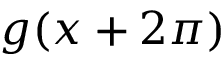
g ( x + 2 \pi )